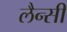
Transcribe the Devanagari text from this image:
लैन्सी